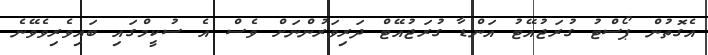
އެގޮތުން ޕޯސްޓު ގުރަޖުއޭޓު އަންޑާ ގުރަޖުއޭޓް ދަރިވަރުންނަށް ވެސް އެ ސުކީމްގައި ބައިވެރިވެވޭނެ